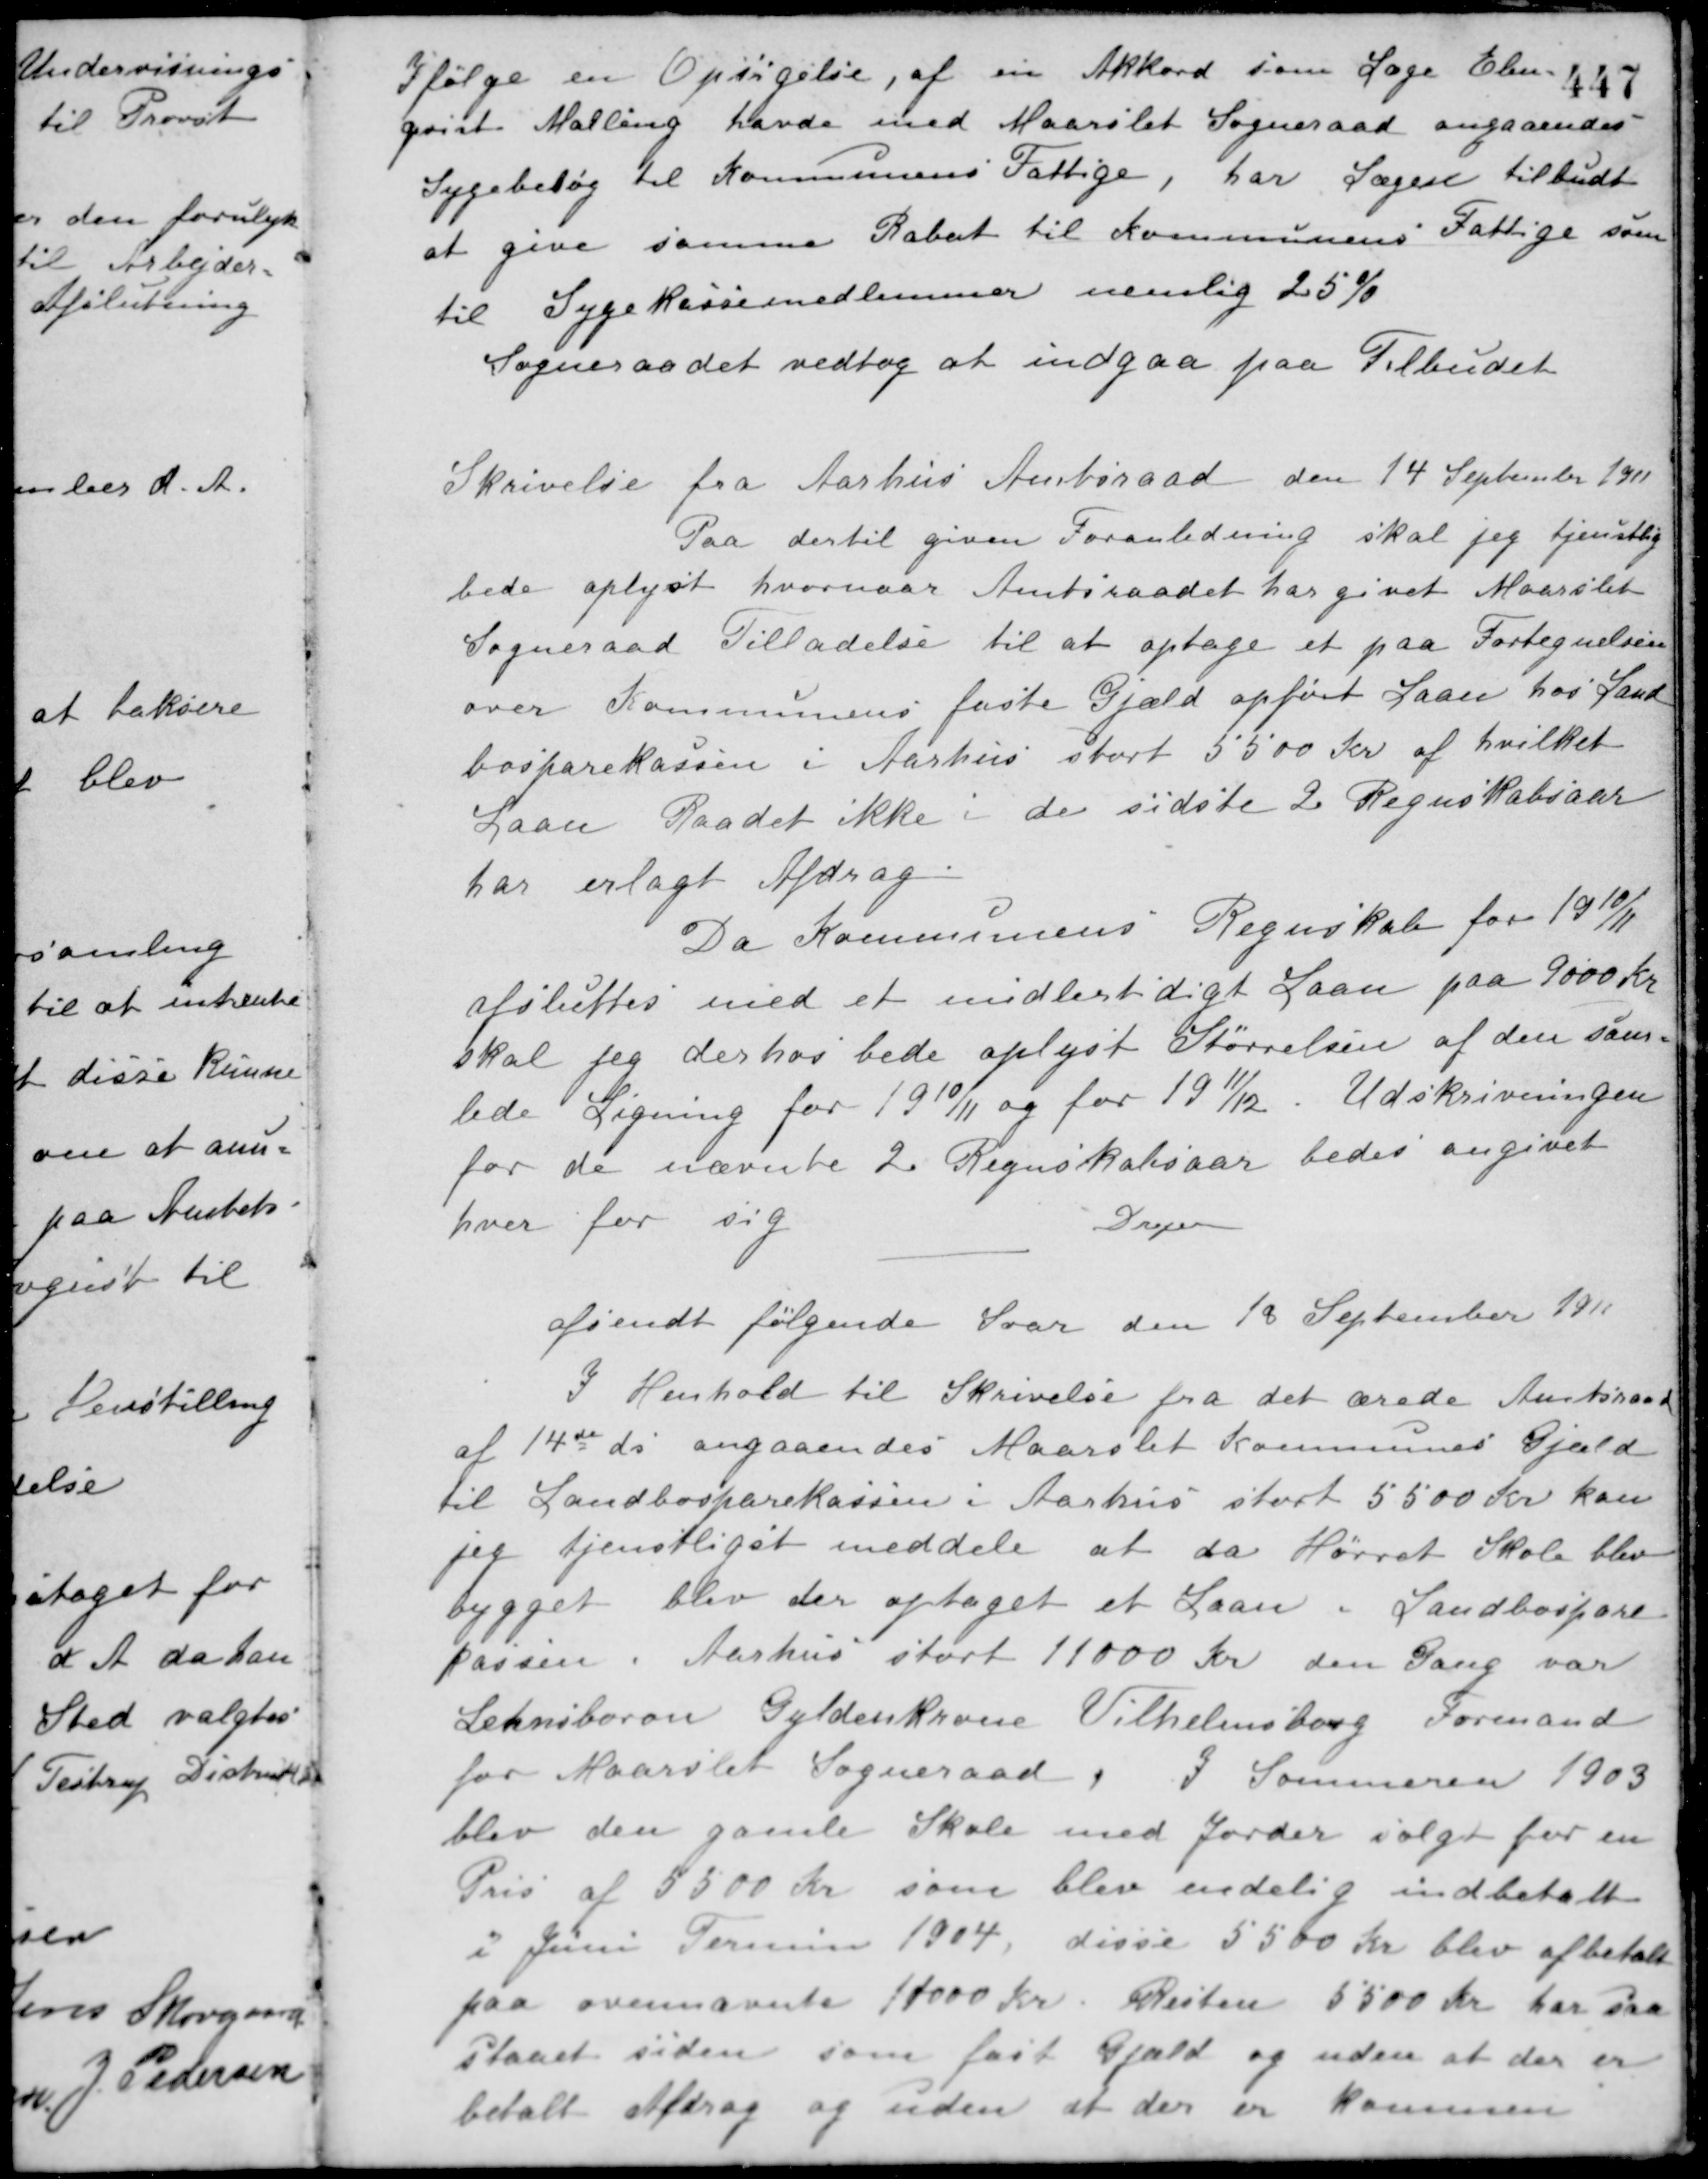
Transskription:
Ifølge en Opsigelse, af en Akkord som Læge Elm-
qvist Malling havde med Maarslet Sogneraad angaaendes
Sygebesøg til Kommunens Fattige, har Lægen tilbudt
at give samme Rabat til Kommunens Fattige som
til Sygekassemedlemmer nemlig 25 %.
Sogneraadet vedtog at indgaa paa Tilbudet.
Skrivelse fra Aarhus Amtsraad den 14 September 1911.
Paa dertil given Foranledning skal jeg tjenstlig
bede oplyst hvornaar Amtsraadet har givet Maarslet
Sogneraad Tilladelse til at optage et paa Fortegnelsen
over Kommunens faste Gjæld opført Laan hos Land-
bosparekassen i Aarhus stort 5500 Kr. af hvilket
Laan Raadet ikke i de sidste 2 Regnskabsaar
har erlagt Afdrag.
Da Kommunens Regnskab for 1910/11
afsluttes med et midlertidigt Laan paa 9000 Kr.
skal jeg derhos bede oplyst Størrelsen af den sam-
lede Ligning for 1910/11 og for 1911/12. Udskrivningen
for de nævnte 2 Regnskabsaar bedes angivet
hver for sig.
Drejer
afsendt følgende Svar den 18 September 1911.
I Henhold til Skrivelse fra det ærede Amtsraad
af 14de ds. angaaendes Maarslet Kommunes Gjæld
til Landbosparekassen i Aarhus stort 5500 Kr. kan
jeg tjenstligst meddele at da Hørret Skole blev
bygget blev der optaget et Laan i Landbospare-
kassen i Aarhus stort 11000 Kr. den Gang var
Lehnsbaron Gyldenkrone Vilhelmsborg Formand
for Maarslet Sogneraad. I Sommeren 1903
blev den gamle Skole med Jorder solgt for en
Pris af 5500 Kr. som blev endelig indbetalt
i Juni Termin 1904, disse 5500 Kr. blev afbetalt
paa ovennævnte 11000 Kr. Resten 5500 Kr. har saa
staaet siden som fast Gjæld og uden at der er
betalt Afdrag og uden at der er kommen